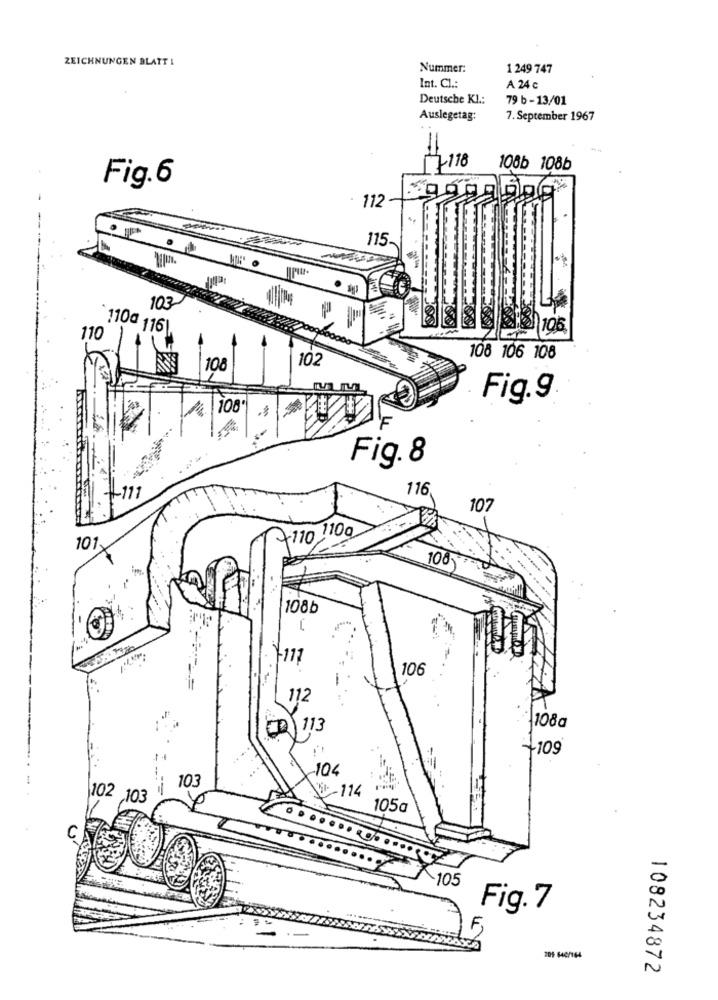
ZEICHNUNGEN BLATT 1
Nummer:
1 249 747
Int. Cl .:
A 24 c
Deutsche Kl .:
79 b -13/01
Auslegetag:
7. September 1967
1-118
108b 108b
Fig.6
112
115.
103
Cos
110ª 116|
110
102
108 106 108
10
Fig.9
108*
Fig. 8
116
107
110 ,10g
101
108
108b
-111
106
112
1108a
1113
+109
-104
103
5-114
102 103
105g
C
-105
Fig. 7
F,
209 640/164
108234872